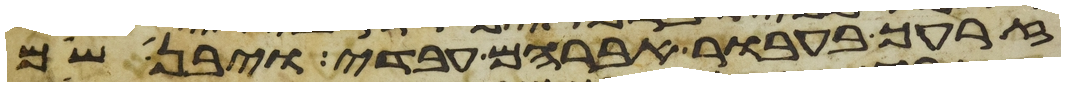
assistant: זרעך בעבור אברהם עבדי ויבן שם